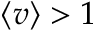
\left\langle v \right\rangle > 1